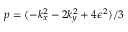
p = ( - k _ { x } ^ { 2 } - 2 k _ { y } ^ { 2 } + 4 \epsilon ^ { 2 } ) / 3